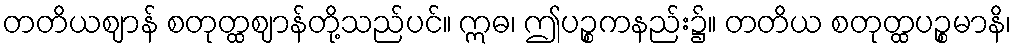
တတိယဈာန် စတုတ္ထဈာန်တို့သည်ပင်။ ဣဓ၊ ဤပဉ္စကနည်း၌။ တတိယ စတုတ္ထပဉ္စမာနိ၊